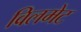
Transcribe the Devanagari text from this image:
विलमेट